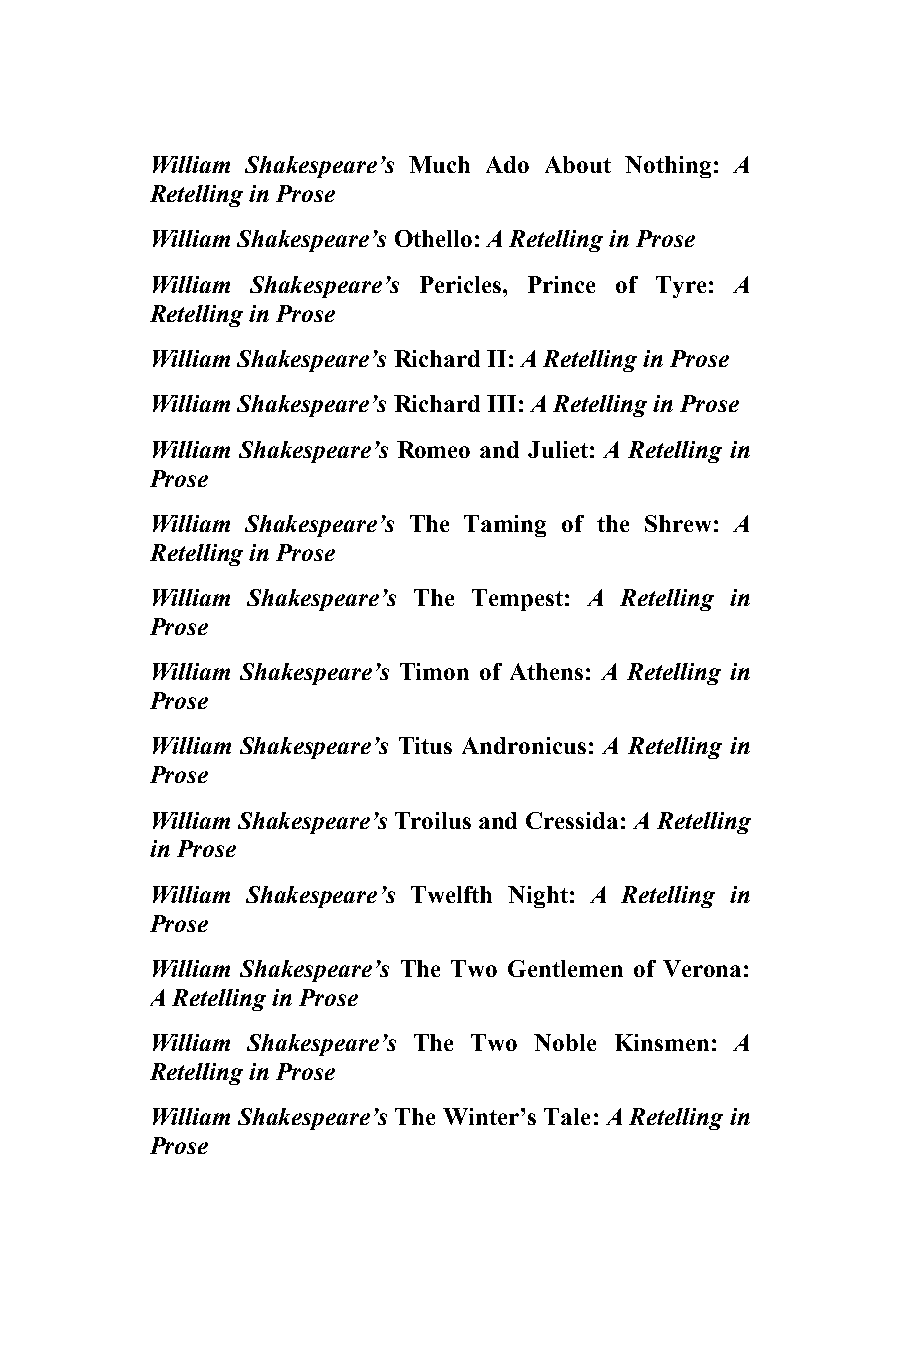
10 5
 William Shakespeare’s Much Ado About Nothing: A
 Retelling in Prose
 William Shakespeare’s Othello: A Retelling in Prose
 William Shakespeare’s Pericles, Prince of Tyre: A
 Retelling in Prose
 William Shakespeare’s Richard II: A Retelling in Prose
 William Shakespeare’s Richard III: A Retelling in Prose
 William Shakespeare’s Romeo and Juliet: A Retelling in
 Prose
 William Shakespeare’s The Taming of the Shrew: A
 Retelling in Prose
 William Shakespeare’s The Tempest: A Retelling in
 Prose
 William Shakespeare’s Timon of Athens: A Retelling in
 Prose
 William Shakespeare’s Titus Andronicus: A Retelling in
 Prose
 William Shakespeare’s Troilus and Cressida: A Retelling
 in Prose
 William Shakespeare’s Twelfth Night: A Retelling in
 Prose
 William Shakespeare’s The Two Gentlemen of Verona:
 A Retelling in Prose
 William Shakespeare’s The Two Noble Kinsmen: A
 Retelling in Prose
 William Shakespeare’s The Winter’s Tale: A Retelling in
 Prose